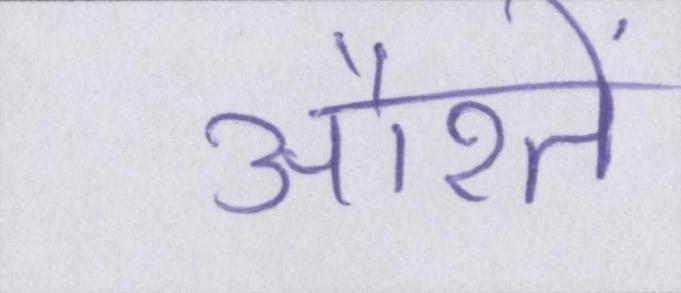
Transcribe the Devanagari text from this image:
औरतें